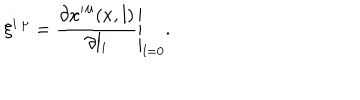
\xi ^ { i \: \mu } = \left. \frac { \partial { x ^ { \prime } } ^ { \mu } ( x , l ) } { \partial l _ { i } } \right| _ { l = 0 } .